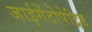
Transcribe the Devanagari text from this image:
जाईगेंटोपेट्रिड